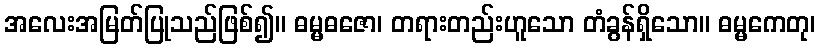
အလေးအမြတ်ပြုသည်ဖြစ်၍။ ဓမ္မဓဇော၊ တရားတည်းဟူသော တံခွန်ရှိသော။ ဓမ္မကေတု၊